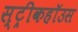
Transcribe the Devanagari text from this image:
स्ट्रीकहॉउस